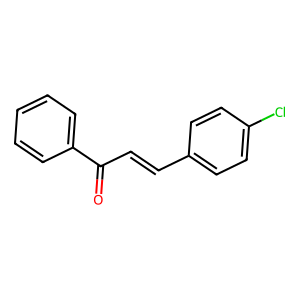
SMILES: O=C(C=Cc1ccc(Cl)cc1)c1ccccc1
Inhibits HIV replication: No